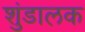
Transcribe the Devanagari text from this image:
शुंडालक